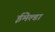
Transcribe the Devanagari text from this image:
ईमेल्डा